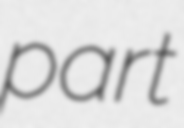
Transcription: part